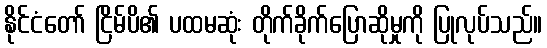
နိုင်ငံတော် ငြိမ်ပိ၏ ပထမဆုံး တိုက်ခိုက်ပြောဆိုမှုကို ပြုလုပ်သည်။